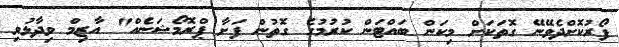
ފޯރުކޮށްދެވޭނޭ ގޮތަކަށް މިކަން ބައްޓަން ކުރުމުގެ ގޮތުން ފަށާ ޕްރޮމޯޝަނެއް" އާޒިމް ވިދާޅުވި